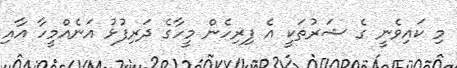
މި ކައިވެނީ ގެ ޝަރުތަކީ އެ ފިރިހެން މީހާގެ ދަރިފުޅު އަނެއްމީހާ އާއި